King Institute of Preventive Medicine Micro-Biological Section reports 1912-19
Year: 1912
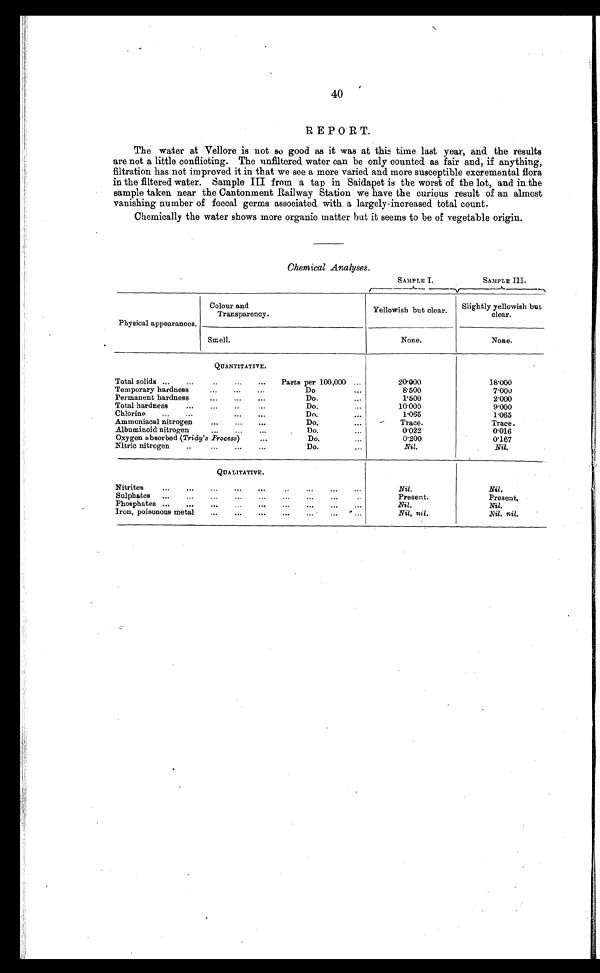
40
REPORT.
The water at Vellore is not so good as it was at this time last year, and the results
are not a little conflicting. The unfiltered water can be only counted as fair and, if anything,
filtration has not improved it in that we see a more varied and more susceptible excremental flora
in the filtered water. Sample III from a tap in Saidapet is the worst of the lot, and in the
sample taken near the Cantonment Railway Station we have the curious result of an almost
vanishing number of foecal germs associated with a largely-increased total count.
Chemically the water shows more organic matter but it seems to be of vegetable origin.
Chemical Analyses .
SAMPLE I.
SAMPLE III.
Physical appearances.
Colour and
Transparency.
Yellowish but clear.
Slightly yellowish but
clear.
Smell.
None.
None.
QUANTITATIVE.
Total solids ...
...
..
...
...
Parts per 100,000 ...
20.000
18.000
Temporary hardness
...
...
...
Do. . . .
8.500
7.000
Permanent hardness
...
...
...
Do.
...
1.500
2.000
Total hardness
...
...
...
Do.
...
10.000
9.000
Chlorine
...
...
...
...
Do.
. . .
1.065
1.065
Ammoniacal nitrogen
...
...
...
Do.
...
Trace.
Trace.
Albuminoid nitrogen
...
...
...
Do.
...
0 . 0 2 2
0.016
Oxygen absorbed (Tridy's Process)
...
Do.
...
0.200
0.167
Nitric nitrogen
..
...
...
...
Do.
...
Nil
.
Nil.
QUALITATIVE.
Nitrites
...
...
...
...
...
..
...
...
...
Nil.
Nil.
Sulph ates
...
...
...
...
...
...
...
... ...
Present.
Present.
Phosphates ...
...
...
...
...
...
...
...
Nil.
Nil.
Iron, poisonous metal
...
...
...
...
...
...
...
Nil, nil .
Nil. nil.